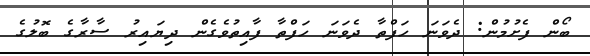
ބޯން ފެށުމުން: ދެވަނަ ހަފްތާ ދެވަނަ ހަފްތާ ފާއިތުވެގެން ދިޔައިރު ސާރާގެ ބޮލުގެ